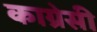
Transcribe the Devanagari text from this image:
काग्रेसी